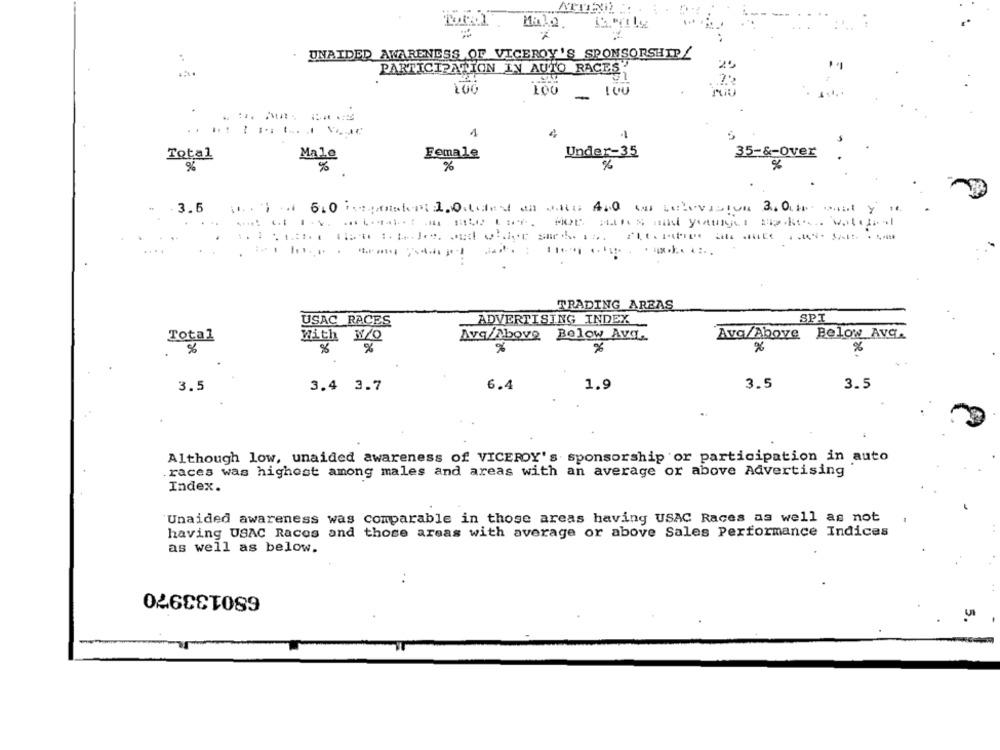
Total Malo GIle
7
UNAIDED AWARENESS OF VICEROY 'S SPONSORSHIP/
PARTICIPATION IN AUTO RACES.
25
200
100
LOU
-
1
-
Total
Male
Female
Under-35
35-&-Over
%
%
%
. 3.6
wat Gt I.V. .... waist au ste Lace. POR Sans fil younger spaktes. watedral
TRADING AREAS
USAC RACES
ADVERTISING INDEX
SPI
Total
With W/Q
Avq/Above
Below Avg.
Ava/Above
Below Avq.
.%
%
%
%
%
3.5
3.4 3.7
6.4
1.9
3.5
3.5
Although low, unaided awareness of VICEROY's sponsorship or participation in auto
races was highest among males and areas with an average or above Advertising
Index.
Unaided awareness was comparable in those areas having USAC Races as well as not
having USAC Races and those areas with average or above Sales Performance Indices
as well as below.
..